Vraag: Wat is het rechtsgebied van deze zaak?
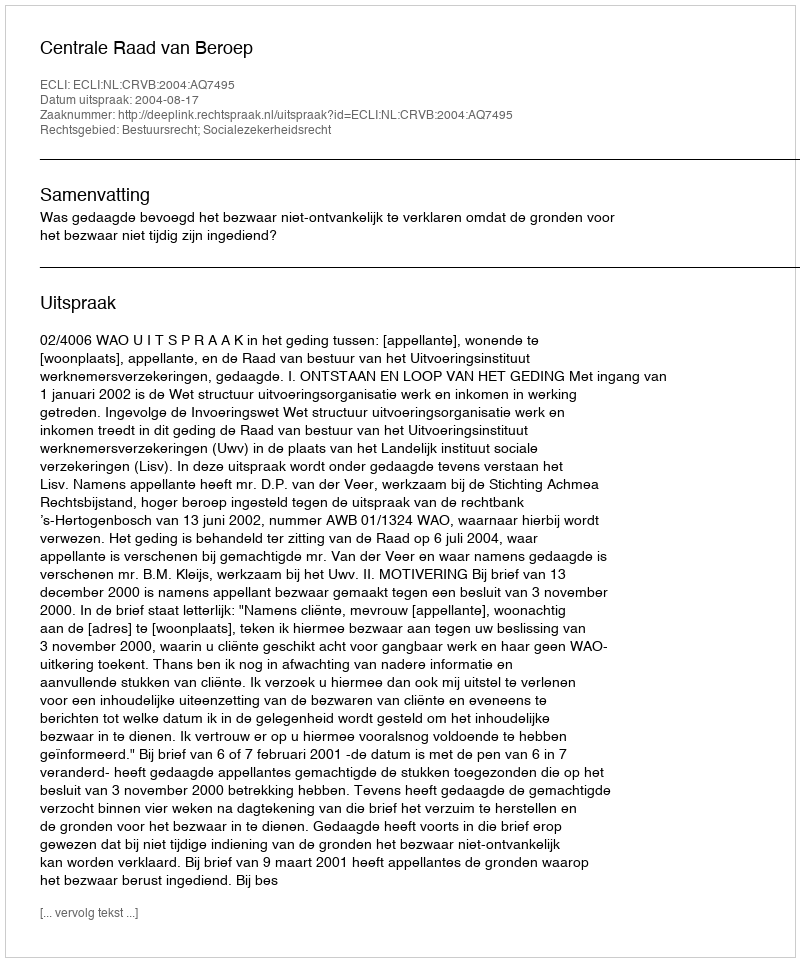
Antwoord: Bestuursrecht; Socialezekerheidsrecht